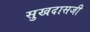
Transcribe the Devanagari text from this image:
सुखदासजी